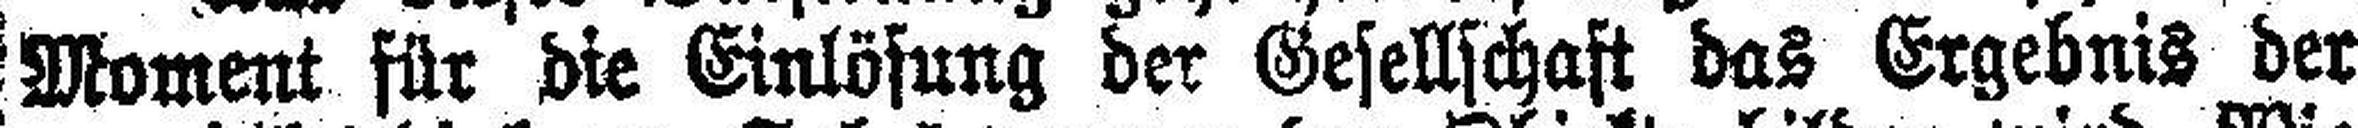
Moment für die Einlösung der Gesellschaft das Ergebnis der